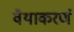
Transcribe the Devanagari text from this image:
वैयाकरणं